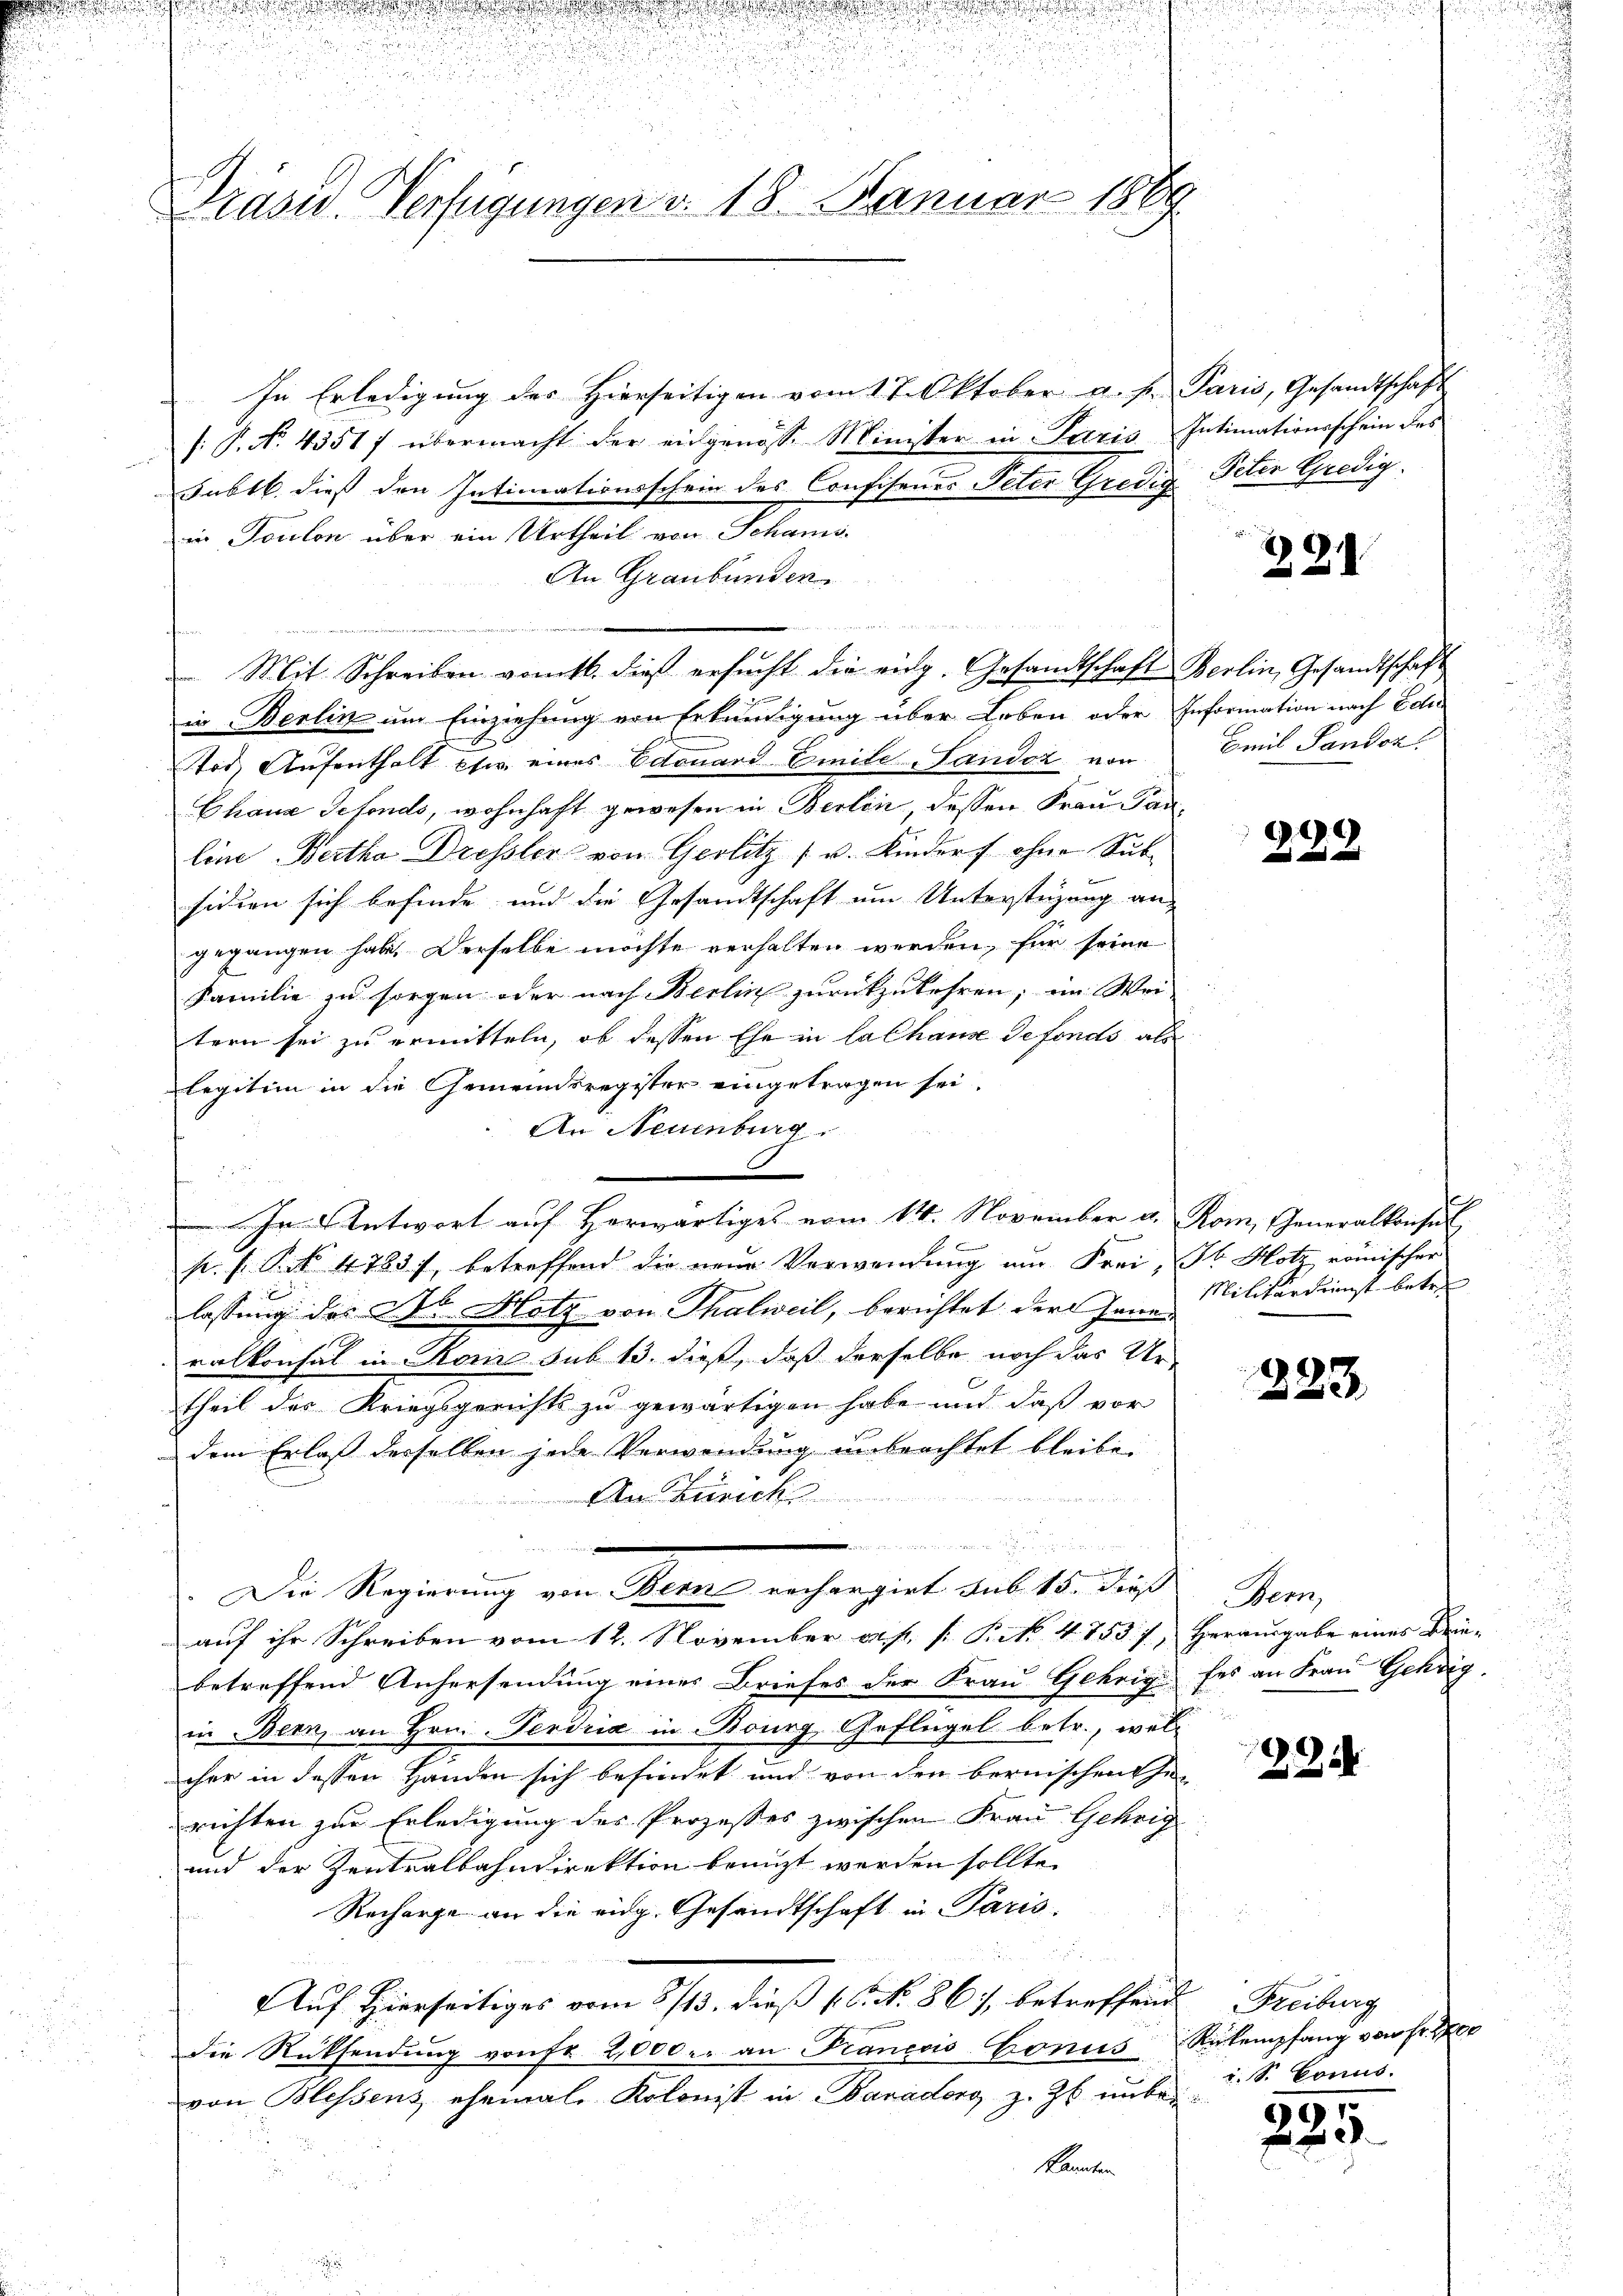
d

un
e

Kasu. Verfügungen d. 18. Januar 1889

i

¬

In Erledigung des Hierseitigen vom 17. Oktober a. p. Paris, Gesandtschaft
/: P. No. 43517 übermacht der eingenosse Minister in Terria Intimationsschein des
subll. dieß den Intimationsschein des Confisenes Peter Gredig Peter Gredig
in Toulon über ein Urtheil von Schanis
An Graubünden
.
t
Mit Schreiben vom 16. dieß ersŭcht die eidg. Gesandtschaft Berlin, Gesandtschaft
in Berlin um Einziehung von Erkundigung über Leben oder Information nach Edi
Tod, Aufenthalt eher eines Edouard Emile-Landoz von
Chana Gefonds, wohnhaft gewesen in Berlin, dessen Frau an-
line Bertha Dressler von Gerlitz (u. Kinders ohne Subsidien sich befinde und die Gesandtschaft um Unterstüzung an-
gegangen habe. Derselbe möchte verhalten werden, für seine
Familie zu sorgen oder nach Berlin zurückzukehren; im Wei-
tern sei zu ermitteln, ob dessen Ehe in lalhause defonds als
legitim in die Gemeindsregister eingetragen sei.
An Neuenburg
In Antwort auf Herwärtiges vom 14. November a. Rom, Generalkonsul
p. s. S. 4783), betreffend die neue Verwendung am Frei, ob Hotz, römischer
lassung des No. Metz von Thalweil, berichtet der Jonas
ralkonsal in Rom sub 13. dieß, daß derselbe noch das Ur-
theil des Kriegsgerichts zu gewärtigen habe und daß vor
dem Erlaß derselben jede Verwendung unbeachtet bleibe.
An Zürich
e
.
encieren
Die Regierung von Bern rechargirt aus 15. dieß
auf ihr Schreiben vom 12. November a. p. s. S. 4753. 7, Herausgabe eines Kriebetreffend Anhersendung einer Briefes der Frau Gehrige ses an Frau Gehrig
in Bern, an Hrn. Ferdria in Bourg, Geflügel betr., wel-
cher in dessen Handen sich befindet und von den bernischen he
richten zur Erledigung des Prozesses zwischen Frau Gehrig
und der Zentralbahndirektion benuzt werden sollte.
Recharge an die eidg. Gesandtschaft in Paris.
d
Auf Hierseitiges vom 5/13. dieß N. N. 861, betreffend Freiburg
die Rücksendung von fr. 2,000. an Francois-Conus Rückempfang von Fr. 1700
von Blessens eheinale Kolonist in Banadorg z. Zt. unbei Sr. konno.
kannten

.

u
Z 29

Emil Panden.

222

h
Militärdienst betre

223

em
n

224

9